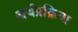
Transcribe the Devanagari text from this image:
अर्थप्रक्रिया